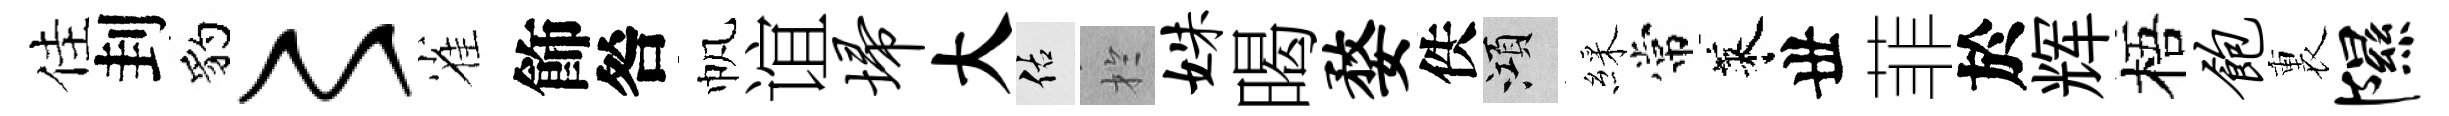
佳刲豹〻雀飾咎帆谊埽大佑扵姝暍婺佚澒綵常萊丗菲於辉梧饱裏隰